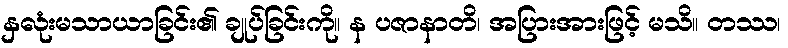
နှလုံးမသာယာခြင်း၏ ချုပ်ခြင်းကို။ န ပဇာနာတိ၊ အပြားအားဖြင့် မသိ။ တဿ၊